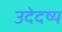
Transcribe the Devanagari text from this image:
उदेदष्य